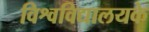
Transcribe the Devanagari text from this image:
विश्वविद्यालयके